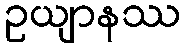
ဥယျာနဿ